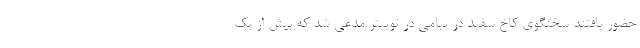
حضور یافتند سخنگوی کاخ سفید در پیامی در توییتر مدعی شد که بیش از یک